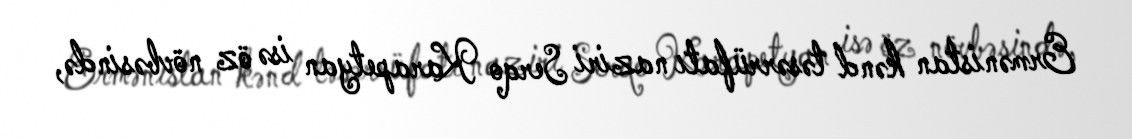
Ermənistan kənd təsərrüfatı naziri Serqo Karapetyan isə öz növbəsində,